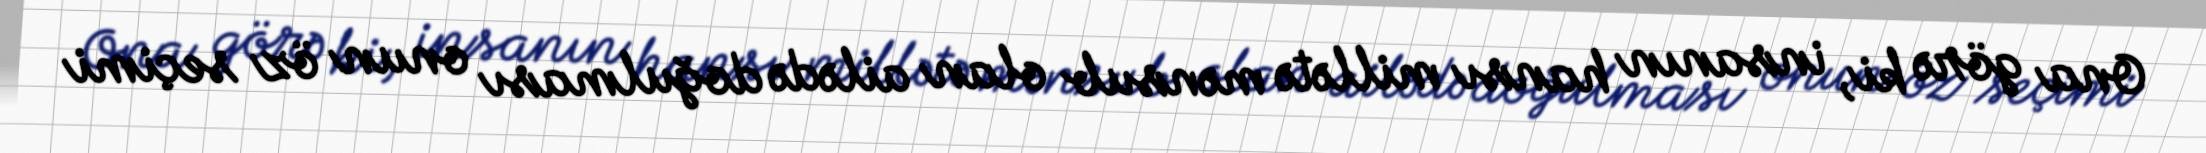
Ona görə ki, insanın hansı millətə mənsub olan ailədə doğulması onun öz seçimi